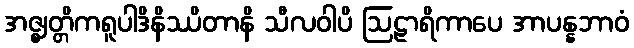
အဇ္ဈတ္တိကရူပါဒိနိဿိတာနိ သီလဝါပိ ဩဠာရိကာပေ အာပန္နဘာဝံ